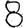
Digit: 8